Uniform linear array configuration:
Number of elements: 64
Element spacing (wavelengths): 0.25
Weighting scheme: cosine
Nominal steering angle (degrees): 30
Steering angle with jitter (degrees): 30.21
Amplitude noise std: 0.05
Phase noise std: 0.05

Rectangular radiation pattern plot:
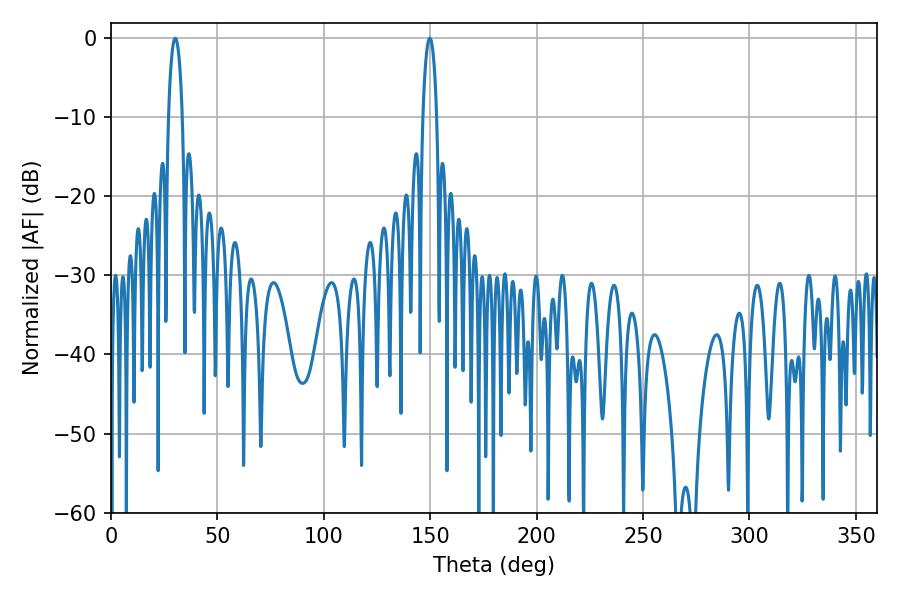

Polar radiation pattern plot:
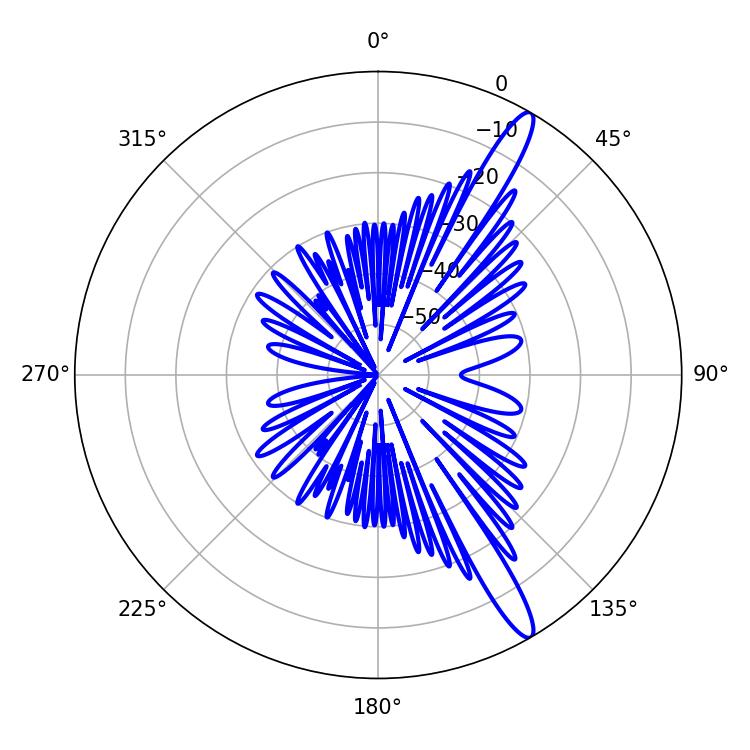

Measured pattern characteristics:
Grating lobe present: FALSE
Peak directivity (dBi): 14.359
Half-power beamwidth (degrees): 3.6
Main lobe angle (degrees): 30.24